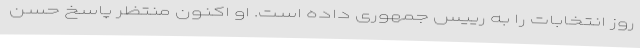
روز انتخابات را به رییس جمهوری داده است. او اکنون منتظر پاسخ حسن